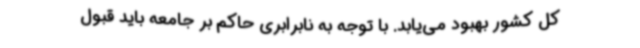
کل کشور بهبود می‌یابد. با توجه به نابرابری حاکم بر جامعه باید قبول